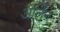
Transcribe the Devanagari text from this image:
ओर्लन